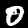
Label: 0